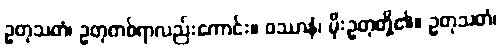
ဥတုသတံ၊ ဥတုတစ်ရာလည်းကောင်း။ ဝဿာနံ၊ မိုးဥတုတို့၏။ ဥတုသတံ၊